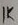
Text: 1K